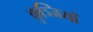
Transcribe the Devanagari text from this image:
कुञ्जियाँ